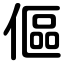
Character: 傴